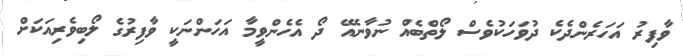
ވާފިރު އަހަރެންދެކެ ދުވަހަކުވެސް ލޯތްބެއް ނުވާނެއޭ ދޯ އެހެންވީމާ އަހަންނަކީ ވާފިރުގެ ލޯބިވެރިއަކަށް